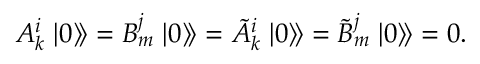
A _ { k } ^ { i } \left. \left| 0 \right\rangle \! \right\rangle = B _ { m } ^ { j } \left. \left| 0 \right\rangle \! \right\rangle = \tilde { A } _ { k } ^ { i } \left. \left| 0 \right\rangle \! \right\rangle = \tilde { B } _ { m } ^ { j } \left. \left| 0 \right\rangle \! \right\rangle = 0 .